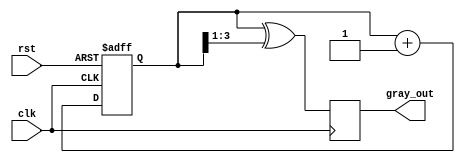
module GrayCodeCounter (
    input wire clk,         // Clock input
    input wire rst,         // Asynchronous reset
    output reg [3:0] gray_out // 4-bit Gray code output (adjust width as needed)
);
    // Internal binary counter
    reg [3:0] bin_count; // 4-bit binary counter (adjust width as needed)

    // Gray code conversion function
    function [3:0] binary_to_gray;
        input [3:0] bin;
        begin
            binary_to_gray = bin ^ (bin >> 1);
        end
    endfunction

    // Sequential logic for the counter
    always @(posedge clk or posedge rst) begin
        if (rst) begin
            bin_count <= 4'b0000; // Reset binary counter to zero
        end else begin
            bin_count <= bin_count + 1; // Increment binary counter
        end
    end

    // Update gray code output
    always @(posedge clk) begin
        gray_out <= binary_to_gray(bin_count); // Convert and update gray code output
    end

endmodule